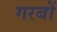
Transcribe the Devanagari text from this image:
गरबों